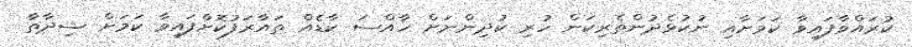
ކުރަައްވާފައިވާ ކަމަށާއި ނުކުޅެދުންތެރިކަން ހުރި ކުދިންނަށް ހާއްސަ ކާޑެއް ތައާރަފުކޮށްފައިވާ ކަމަށް ޝިދާތާ